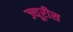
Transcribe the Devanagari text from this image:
ज्यूरीस